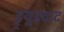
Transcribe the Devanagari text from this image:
ड्र्यूडवाद